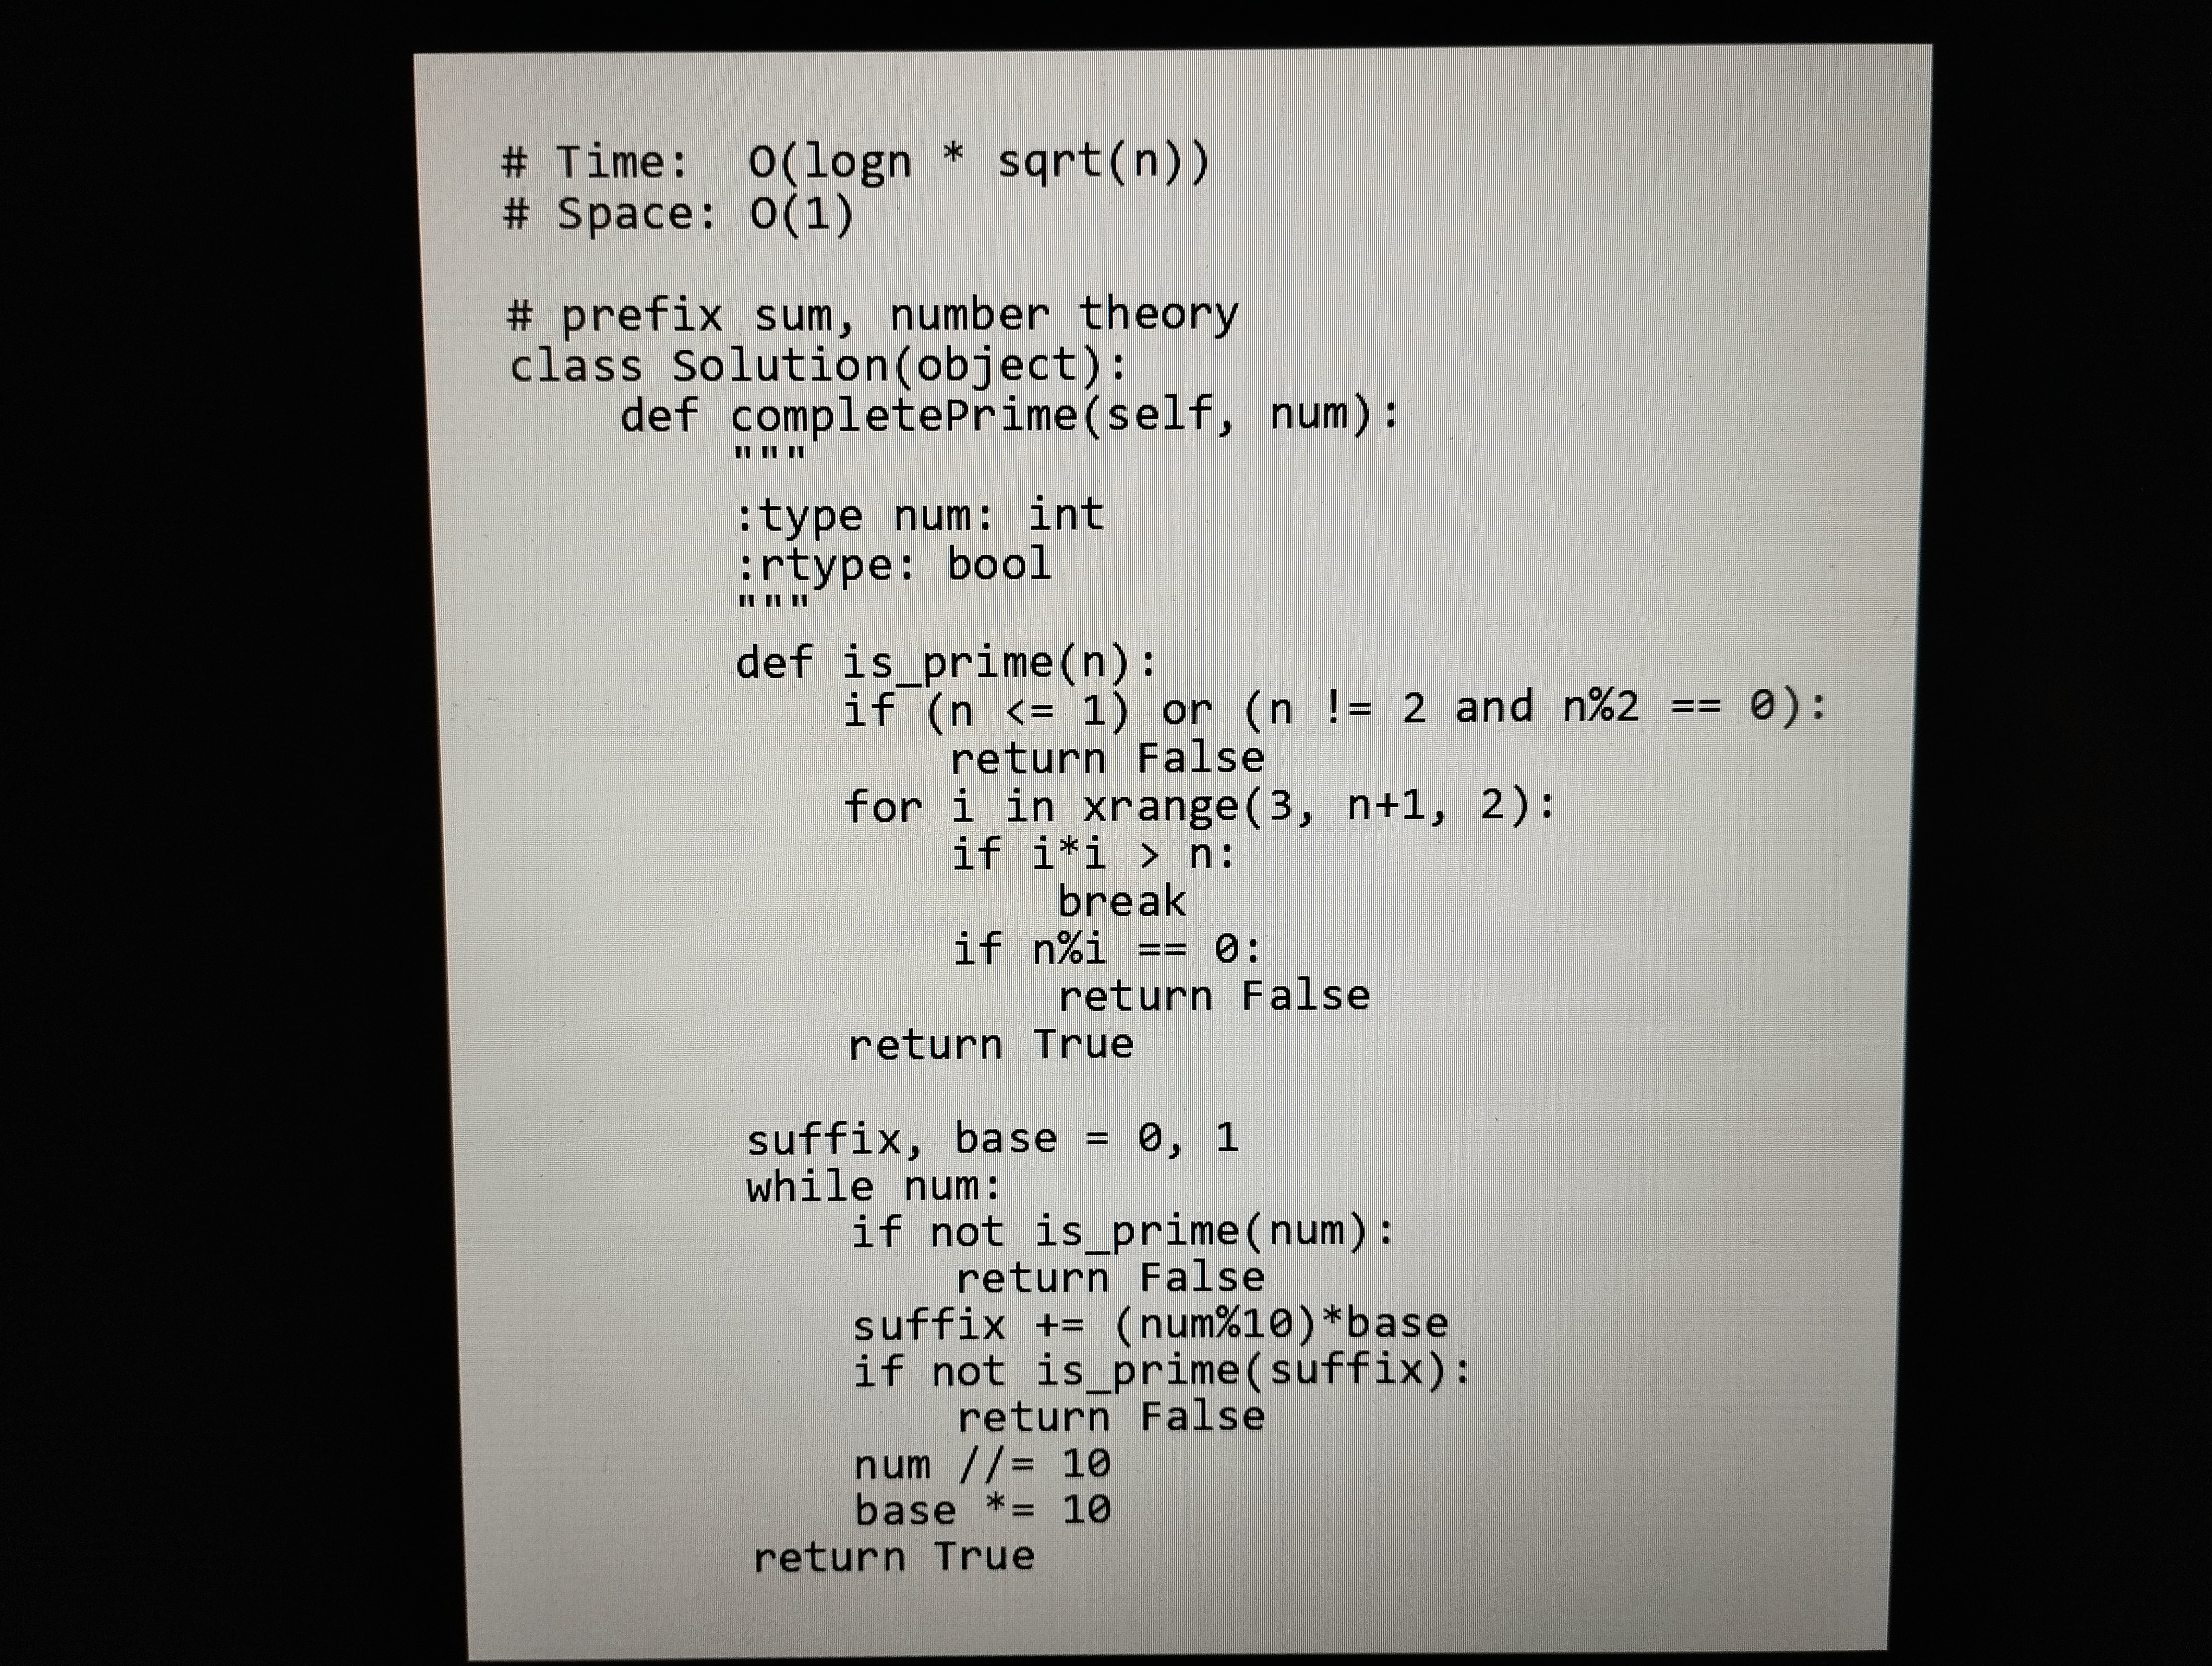
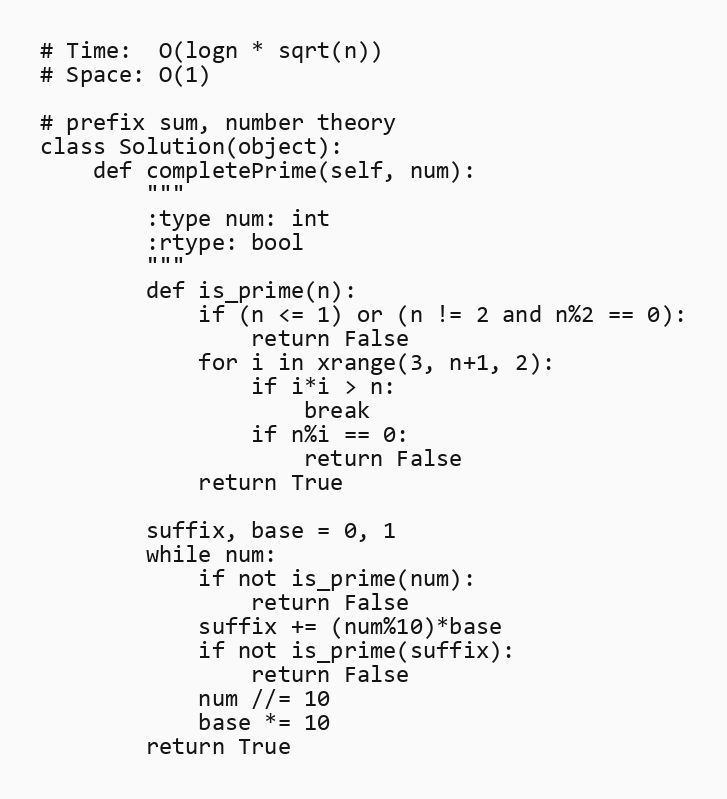
# Time:  O(logn * sqrt(n))
# Space: O(1)

# prefix sum, number theory
class Solution(object):
    def completePrime(self, num):
        """
        :type num: int
        :rtype: bool
        """
        def is_prime(n):
            if (n <= 1) or (n != 2 and n%2 == 0):
                return False
            for i in xrange(3, n+1, 2):
                if i*i > n:
                    break
                if n%i == 0:
                    return False
            return True

        suffix, base = 0, 1
        while num:
            if not is_prime(num):
                return False
            suffix += (num%10)*base
            if not is_prime(suffix):
                return False
            num //= 10
            base *= 10
        return True